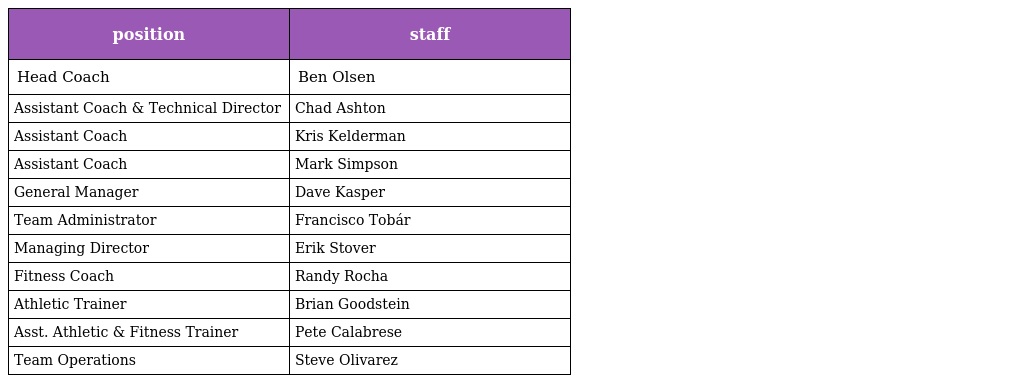
| position | staff |
 | --- | --- |
 | Head Coach | Ben Olsen |
 | Assistant Coach & Technical Director | Chad Ashton |
 | Assistant Coach | Kris Kelderman |
 | Assistant Coach | Mark Simpson |
 | General Manager | Dave Kasper |
 | Team Administrator | Francisco Tobár |
 | Managing Director | Erik Stover |
 | Fitness Coach | Randy Rocha |
 | Athletic Trainer | Brian Goodstein |
 | Asst. Athletic & Fitness Trainer | Pete Calabrese |
 | Team Operations | Steve Olivarez |